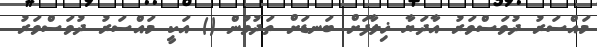
މައްސަރު ދުވަސްވަރު އާދަޔާ ޚިލާފަށް ބަނޑަށް ތަދުވުން () އަކީ މައްސަރު ދުވަސްވަރު